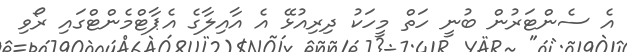
އެ ސެންޓަރުން ބުނީ ހަތް މީހަކު ދިރިއުޅޭ އެ އާއިލާގެ އެޕާޓްމެންޓްގައި ރޯވި